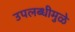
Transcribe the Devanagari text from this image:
उपलब्धीमुळे